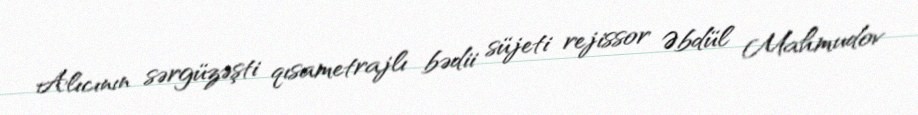
Alıcının sərgüzəşti qısametrajlı bədii süjeti rejissor Əbdül Mahmudov